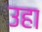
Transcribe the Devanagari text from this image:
उहा